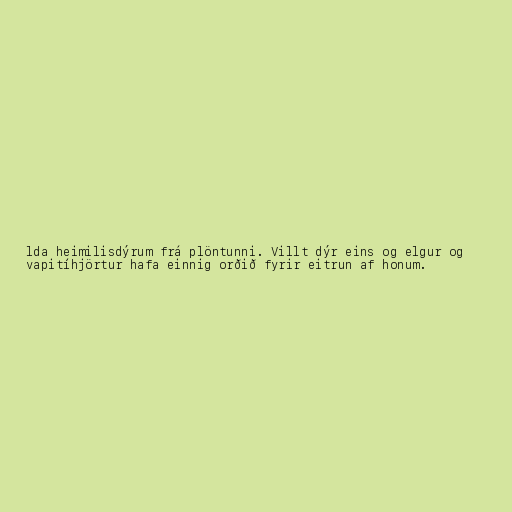
lda heimilisdýrum frá plöntunni. Villt dýr eins og elgur og
vapitíhjörtur hafa einnig orðið fyrir eitrun af honum.